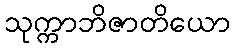
သုက္ကာဘိဇာတိယော